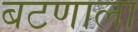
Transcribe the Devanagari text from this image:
बटणाला